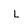
Character: L